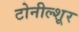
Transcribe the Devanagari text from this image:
टोनील्शूर